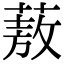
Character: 蔜